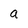
Character: a